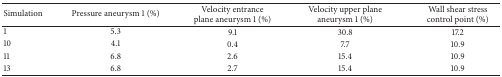
<table><thead><tr><td><b>Simulation</b></td><td><b>Pressure aneurysm 1 (%)</b></td><td><b>Velocity entrance plane aneurysm 1 (%)</b></td><td><b>Velocity upper plane aneurysm 1 (%)</b></td><td><b>Wall shear stress control point (%)</b></td></tr></thead><tbody><tr><td>1</td><td>5.3</td><td>9.1</td><td>30.8</td><td>17.2</td></tr><tr><td>10</td><td>4.1</td><td>0.4</td><td>7.7</td><td>10.9</td></tr><tr><td>11</td><td>6.8</td><td>2.6</td><td>15.4</td><td>10.9</td></tr><tr><td>13</td><td>6.8</td><td>2.7</td><td>15.4</td><td>10.9</td></tr></tbody></table>